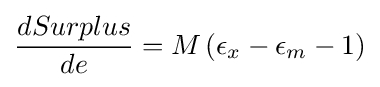
{\frac {dSurplus}{de}}=M\left(\epsilon _{x}-\epsilon _{m}-1\right)